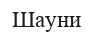
Шауни